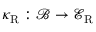
\kappa _ { \mathrm { R } } : \mathcal { B } \to \mathcal { E } _ { \mathrm { R } }